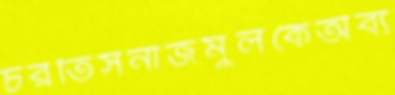
চরতিসনাজমুলকেঅব্য